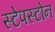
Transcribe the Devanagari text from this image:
स्टेपस्टोन